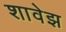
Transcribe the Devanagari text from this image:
शावेझ